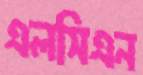
এলসিএন